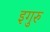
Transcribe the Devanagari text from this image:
इगुरु